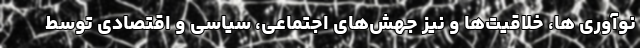
نوآوری ها، خلاقیت‌ها و نیز جهش‌های اجتماعی، سیاسی و اقتصادی توسط